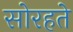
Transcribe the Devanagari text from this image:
सोरहते